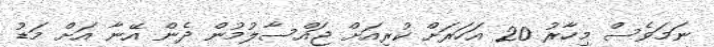
ނަމަވެސް މިހާރު 20 އަހަރަށް ކުރިއަށް ޖައްސާލުމުން ދެން އޭނާ އަށް މަޑު